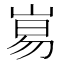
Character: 𡸑